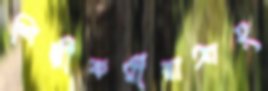
শিল্পীকর্মীরাআহ্